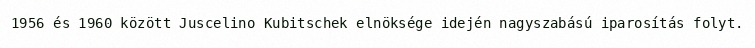
1956 és 1960 között Juscelino Kubitschek elnöksége idején nagyszabású iparosítás folyt.